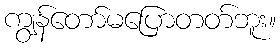
ကျွန်တော်မပြောတတ်ဘူး။